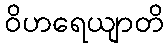
ဝိဟရေယျာတိ